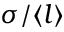
\sigma / \langle l \rangle